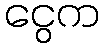
ငွေက